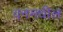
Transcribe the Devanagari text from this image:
वनमधील